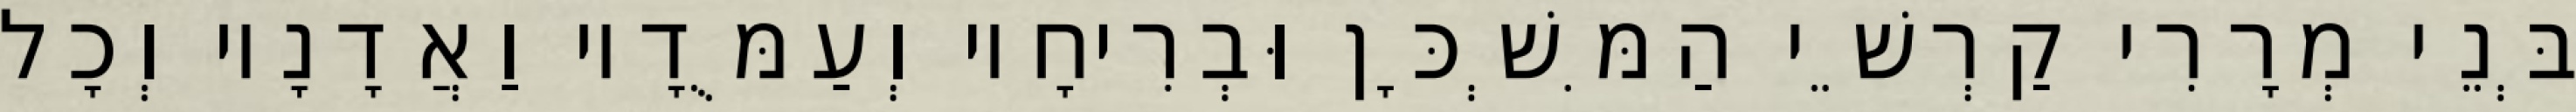
בְּנֵי מְרָרִי קַרְשֵׁי הַמִּשְׁכָּן וּבְרִיחָיו וְעַמֻּדָיו וַאֲדָנָיו וְכָל